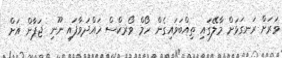
ވަރަށް ރަނގަޅަށް މާލޭގައި ތިއްބަވައިގެން ހޯމް ވޯރކްސް ހައްދަވާފައި ނޫނި ޖަޕާން އަށް